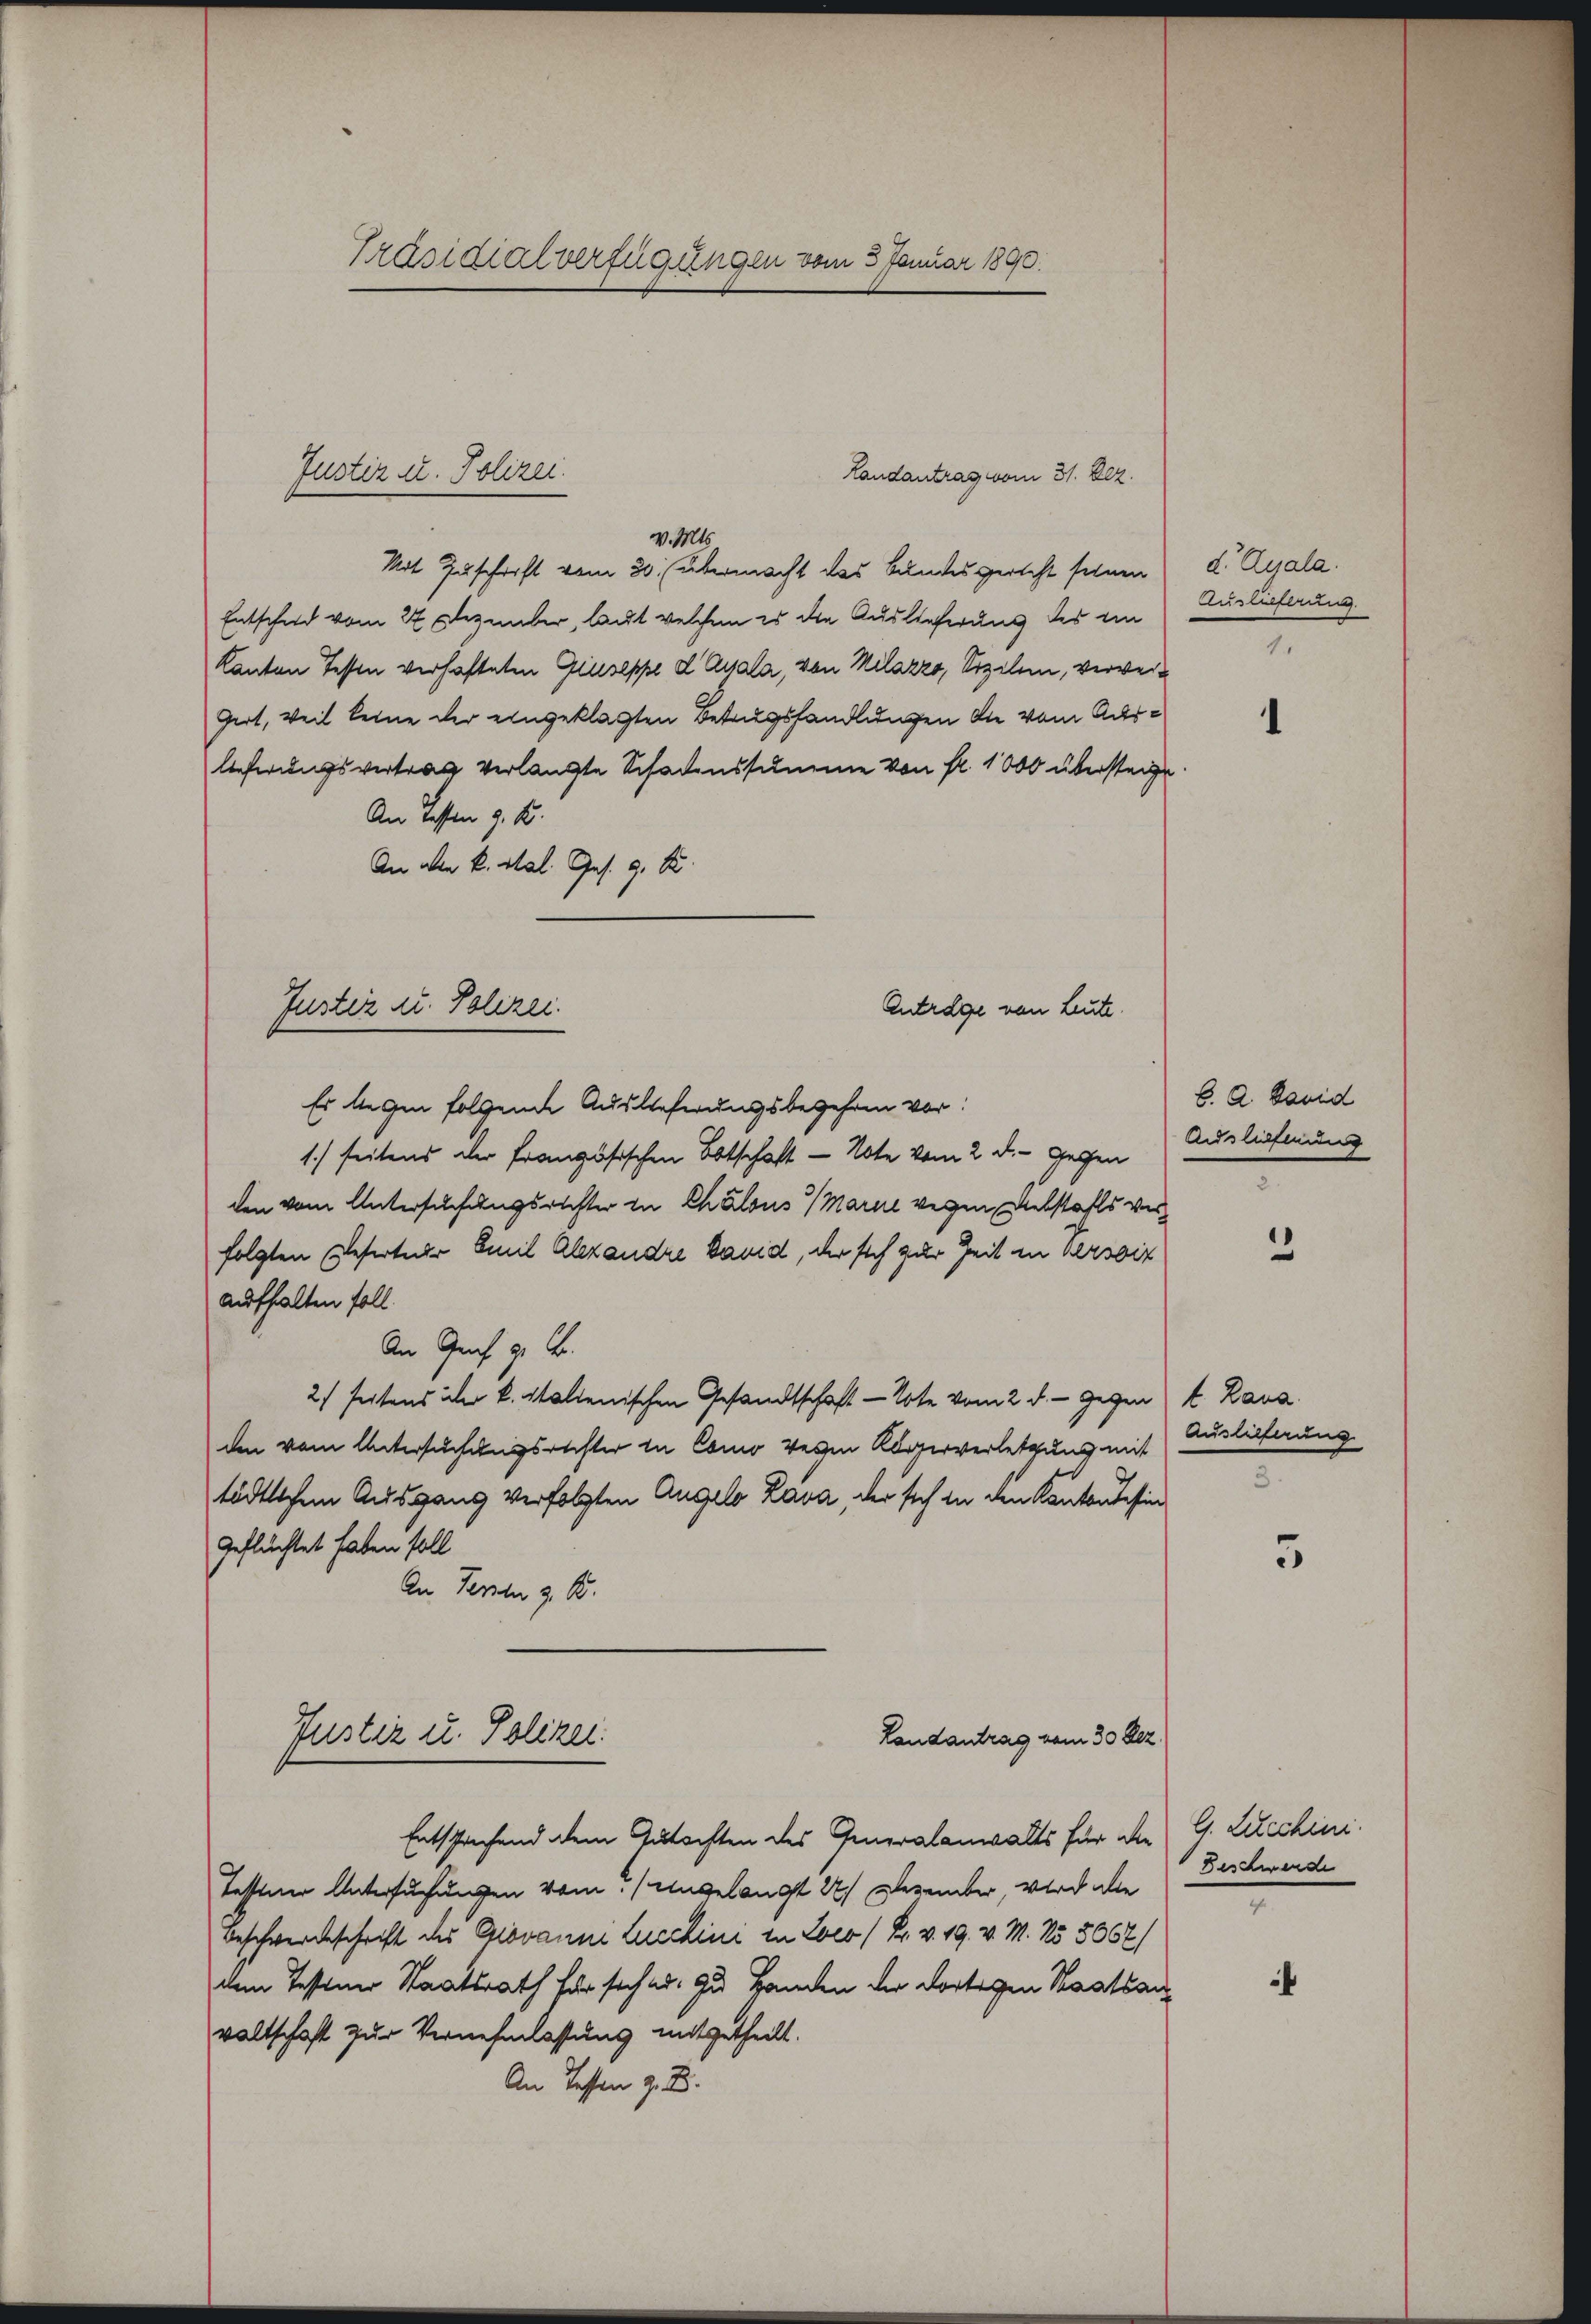
Präsidialverfügungen vom 3. Januar 1890.

v. Mts.
Mit Zuschrift vom 20. übermacht das Bandesgerteht seinen d. Quala.
Entschied vom 27 Dezember, laut welchem es die Auslieferung des ein Auslieferung
Kanton Tessin verhafteten Giuseppe d Quala, von Milazzo, Sizilen, verwer¬
Gert, weil keine der eingeklagten Betrugshandlungen die vom Auslieferungsvertrag verlangte Schadenssumme von fr. 1000 übersteige
An dessen 9. K.
An den k. Mal. Ges. 9. S
Justiz u. Polizei.
Antrage von Leute.

Justiz u. Polizei.

Es liegen folgende Auslieferungsbegehren vor:

1.) Seitens aber französischen Botschaft - Note vom 2. d. Gegen
den vom Untersuchungsrichter in Chalous (Marie wegen Rebstahls verfolgten Refertner Emil Alexandre band, der sich zur Zeit in Versoiz
aufhalten soll.
An Genf z. B.
2) seitens über k. Italienischen Gesandtschaft - Tote vom 2. d. gegen t Laus.
den vom Untersuchungsrechter in Como verzen Kugerverletzung mit
tödtlichem Ausgang verfolgten Angelo Lava, der sich in den Kantonsessin
geflüchtet haben soll
An Terzen z. B.
Justiz u. Polizei.
Landantrag vom 30. Dez.
Entsprechend dem Gutachten des Generalanwalts für die G. Liechini¬
Tessiner Untersuchungen vom Angelangt 2. Dezember, wird de
Beschwerdeschrift des Giovanni Lucchine in Loco /Pr. v. 19. v. M. No 3667/
dem Tessiner Staatsrath für sich u. zu Handen der dortigen Staatsanwaltschaft zur Vernehmlassung mitgetheilt.
An Tessen z. B.

Landantrag vom 31. Dez.

C. A. David
Auslieferung

2
5

Auslieferung

Beschwende

3

f